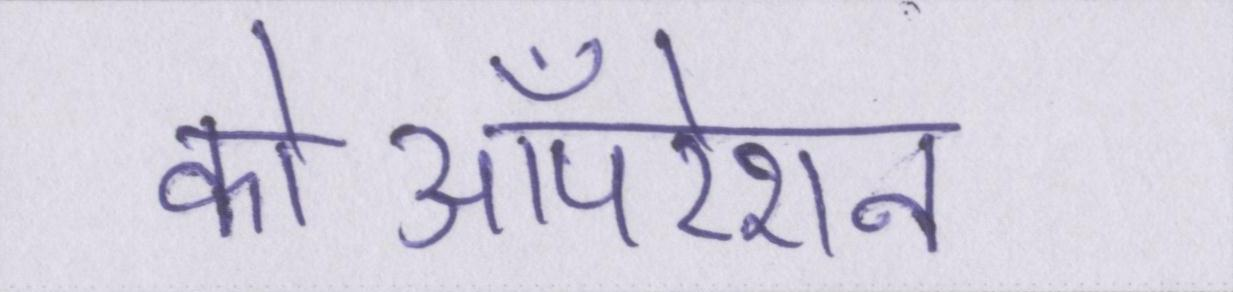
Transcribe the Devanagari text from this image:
कोऑपरेशन